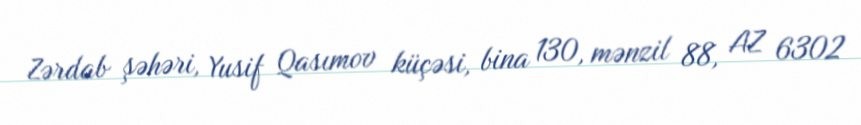
Zərdab şəhəri, Yusif Qasımov küçəsi, bina 130, mənzil 88, AZ 6302